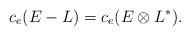
LaTeX: \begin{align*} c_e(E-L) = c_e(E\otimes L^*).\end{align*}